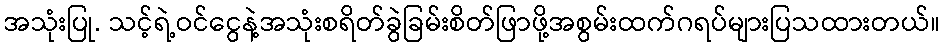
အသုံးပြု. သင့်ရဲ့ဝင်ငွေနဲ့အသုံးစရိတ်ခွဲခြမ်းစိတ်ဖြာဖို့အစွမ်းထက်ဂရပ်များပြသထားတယ်။